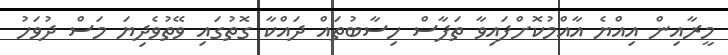
މީރާއިން އިއްޔެ އާއްމުކޮށްފައިވާ ތަފާސް ހިސާބުތައް ދައްކާ ގޮތުގައި ވޭތުވެދިޔަ މަސް ދުވަހު